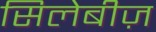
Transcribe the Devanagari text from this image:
सिलेबीज़